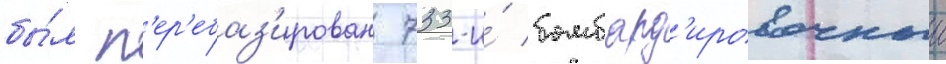
бы́л п'ер'ебаз'ирован 733-и́ бомбард'ировочныи